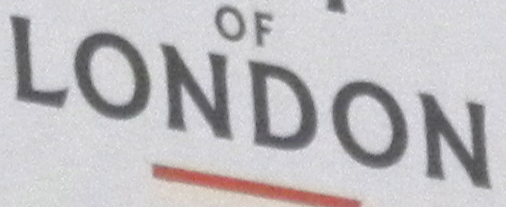
LONDON